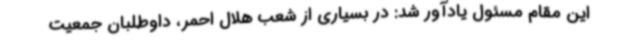
این مقام مسئول یادآور شد: در بسیاری از شعب هلال احمر، داوطلبان جمعیت